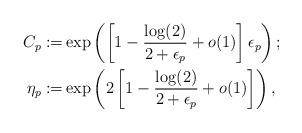
LaTeX: \begin{align*}C_p:=&\exp\left(\left[1-\frac{\log(2)}{2+\epsilon_p}+o(1)\right]\epsilon_p\right);\\\eta_p:=&\exp\left(2\left[1-\frac{\log(2)}{2+\epsilon_p}+o(1)\right]\right),\end{align*}